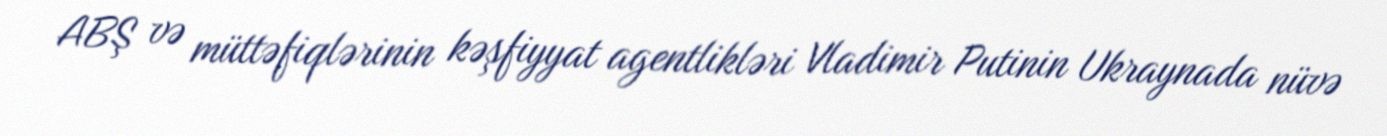
ABŞ və müttəfiqlərinin kəşfiyyat agentlikləri Vladimir Putinin Ukraynada nüvə